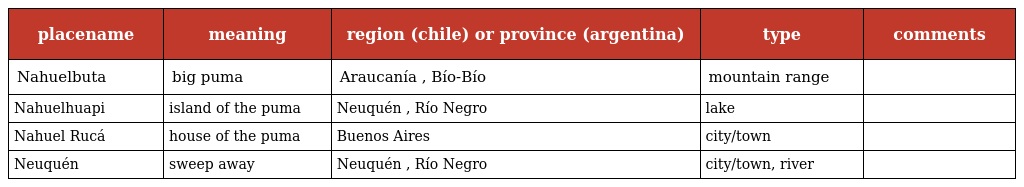
| placename | meaning | region (chile) or province (argentina) | type | comments |
 | --- | --- | --- | --- | --- |
 | Nahuelbuta | big puma | Araucanía , Bío-Bío | mountain range |  |
 | Nahuelhuapi | island of the puma | Neuquén , Río Negro | lake |  |
 | Nahuel Rucá | house of the puma | Buenos Aires | city/town |  |
 | Neuquén | sweep away | Neuquén , Río Negro | city/town, river |  |